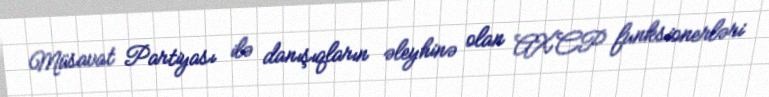
Müsavat Partiyası ilə danışıqların əleyhinə olan AXCP funksionerləri